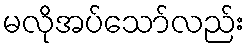
မလိုအပ်သော်လည်း